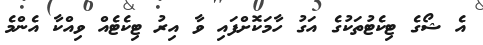
އެ ޝޯގެ ޓިކެޓުތަކުގެ އަގު ހާމަކޮށްފައި ވާ އިރު ޓިކެޓެއް ވިއްކާ އެންމެ